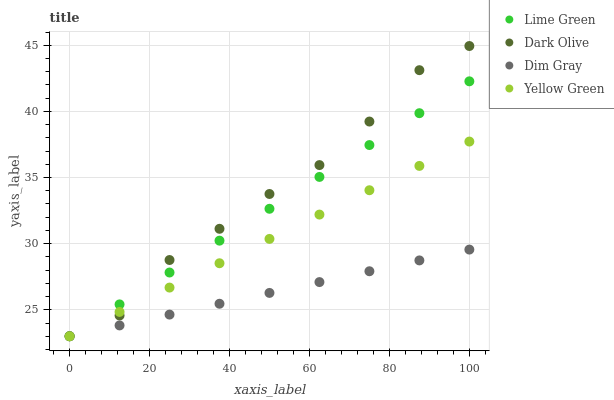
| xaxis_label | Lime Green | Dark Olive | Dim Gray | Yellow Green |
 | --- | --- | --- | --- | --- |
 | 0 | 23 | 23 | 23 | 23 |
 | 12.5 | 25.4 | 24.6 | 23.8 | 24.8 |
 | 25 | 27.8 | 28.8 | 24.6 | 26.7 |
 | 37.5 | 30.2 | 31.1 | 25.5 | 28.5 |
 | 50 | 32.6 | 33.8 | 26.3 | 30.4 |
 | 62.5 | 35 | 35.9 | 27.1 | 32.2 |
 | 75 | 37.5 | 39.2 | 27.9 | 34 |
 | 87.5 | 39.9 | 43.1 | 28.7 | 35.9 |
 | 100 | 42.3 | 44.9 | 29.6 | 37.7 |